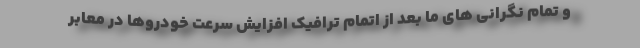
و تمام نگرانی های ما بعد از اتمام ترافیک افزایش سرعت خودروها در معابر